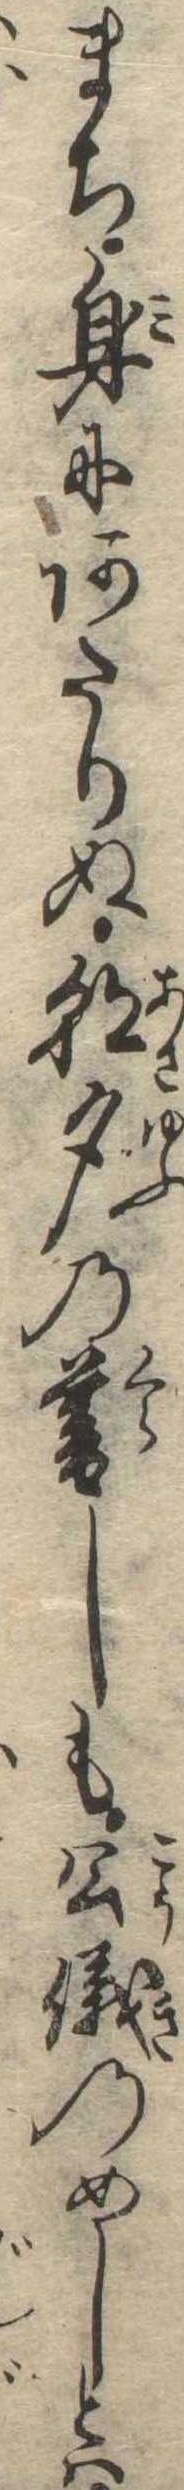
まち身にあたりぬ朝夕の暮しも公儀のめしとは